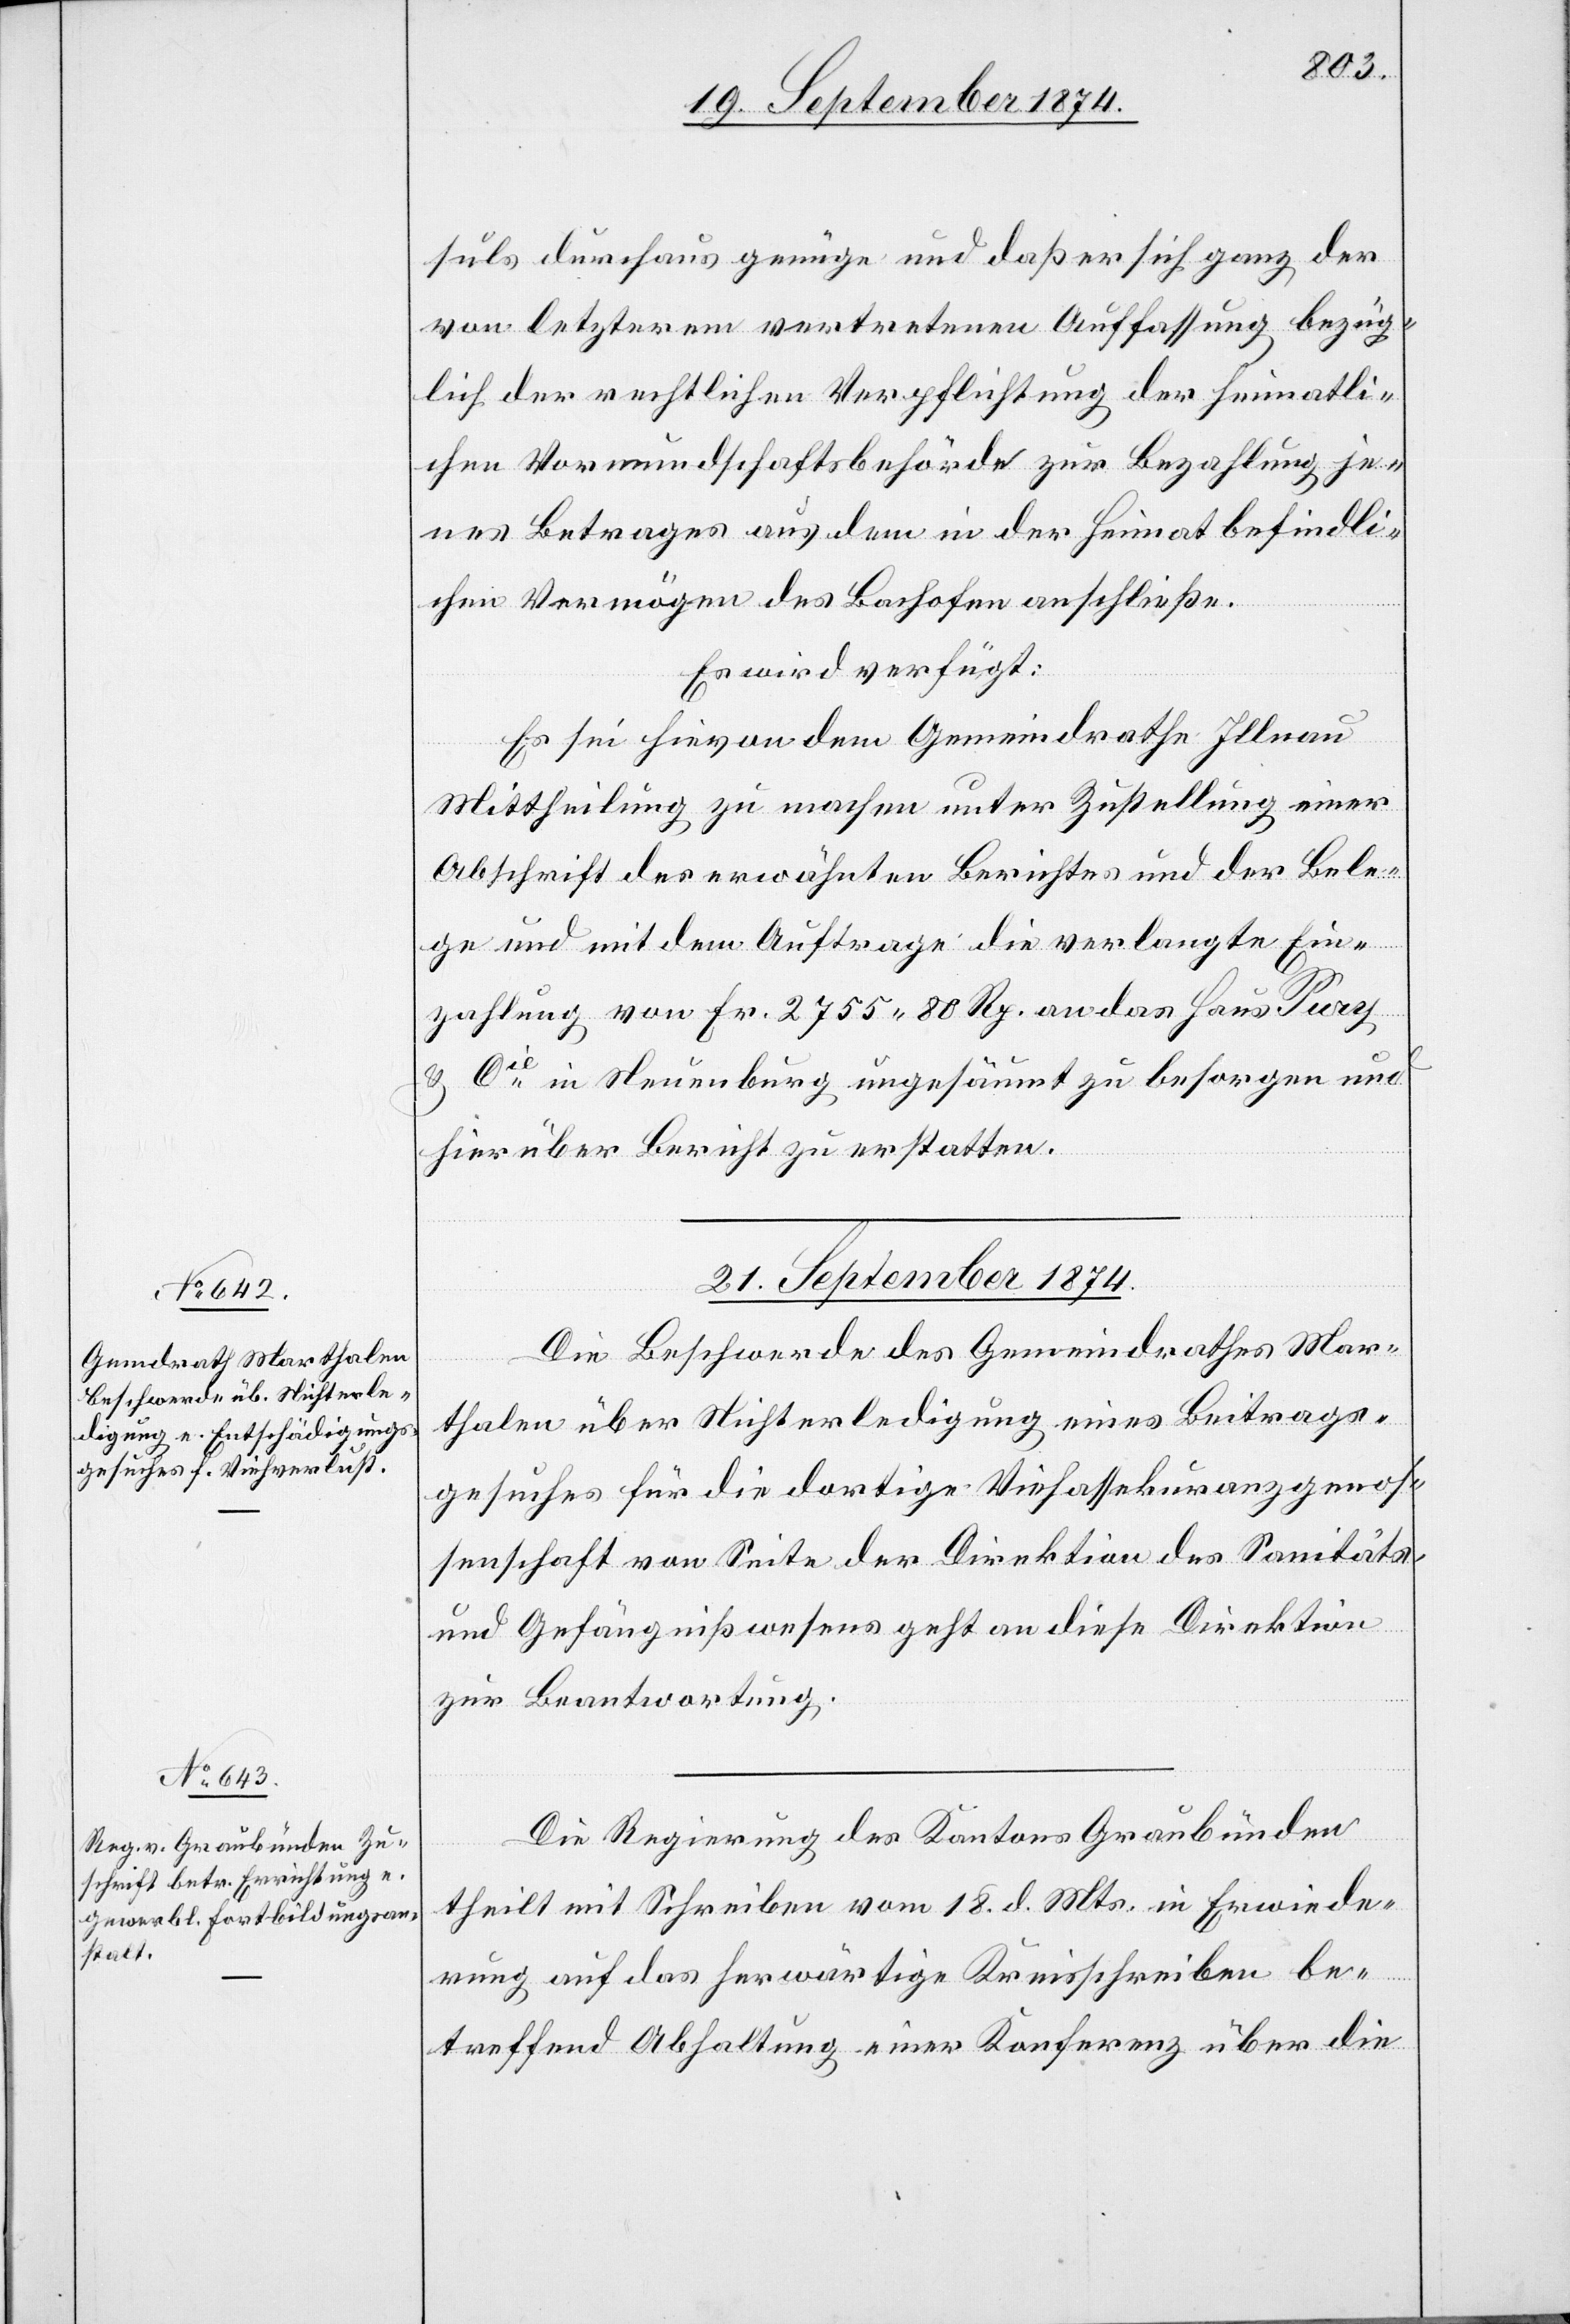
suls durchaus genüge und daß er sich ganz der
von letzterem vertretenen Auffassung bezüg¬
lich der rechtlichen Verpflichtung der heimatli¬
chen Vormundschaftsbehörde zur Bezahlung je¬
nes Betrages aus dem in der Heimat befindli¬
chen Vermögen des Bachofen anschließe.
Es wird verfügt:
Es sei hievon dem Gemeindrathe Illnau
Mittheilung zu machen unter Zustellung einer
Abschrift des erwähnten Berichtes und der Bele¬
ge und mit dem Auftrage die verlangte Ein¬
zahlung von Fr. 2755.80 Rp. an das Haus Pury
& Cie in Neuenburg ungesäumt zu besorgen und
hierüber Bericht zu erstellen.
21. September 1874.]
Die Beschwerde des Gemeindrathes Mar¬
thalen über Nichterledigung eines Beitrags¬
gesuches für die dortige Viehassekuranzgenos¬
senschaft von Seite der Direktion des Sanitäts-
und Gefängnißwesens geht an diese Direktion
zur Beantwortung.
Die Regierung des Kantons Graubünden
theilt mit Schreiben vom 18. d. Mts. in Erwiede¬
rung auf das herwärtige Kreisschreiben be¬
treffend Abhaltung einer Konferenz über die